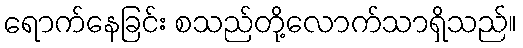
ရောက်နေခြင်း စသည်တို့လောက်သာရှိသည်။